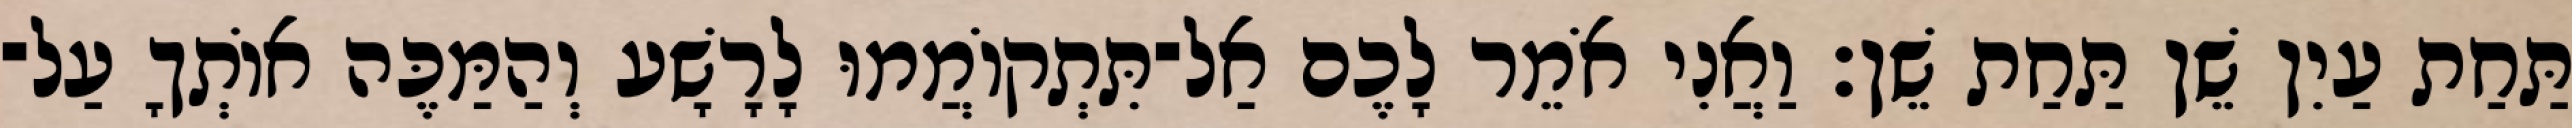
תַּחַת עַיִן שֵׁן תַּחַת שֵׁן׃ וַאֲנִי אֹמֵר לָכֶם אַל־תִּתְקוֹמֲמוּ לָרָשָׁע וְהַמַּכֶּה אוֹתְךָ עַל־